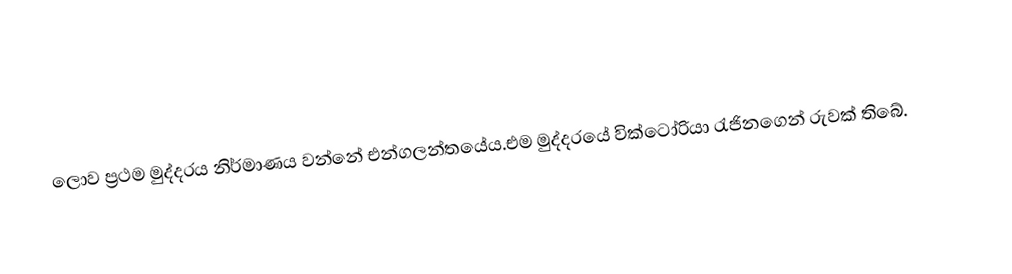
ලොව ප්‍රථම මුද්දරය නිර්මාණය වන්නේ එන්ගලන්තයේය.එම මුද්දරයේ වික්ටෝරියා රැජිනගෙන් රුවක් තිබේ.